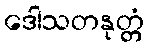
ဒေါသတနုတ္တံ